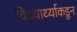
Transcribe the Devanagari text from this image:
विध्यार्थ्याकडून